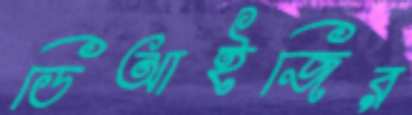
ডিআইজির